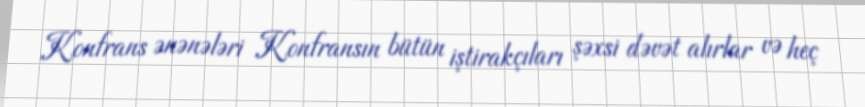
Konfrans ənənələri Konfransın bütün iştirakçıları şəxsi dəvət alırlar və heç